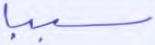
سببا